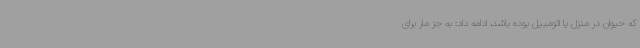
که حیوان در منزل یا اتومبیل بوده باشد، ادامه داد: به جز مار برای